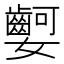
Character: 𡤫